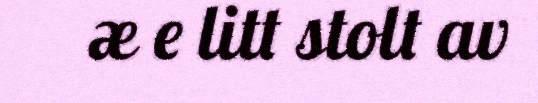
æ e litt stolt av